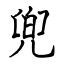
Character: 兜